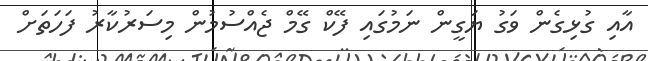
އާއި ގުޅިގެން ވަގު ޔަގީން ނަމުގައި ފޭކް ގޭމް ޖެއްސުމުން މިސަރުކާރު ފަހަތަށް